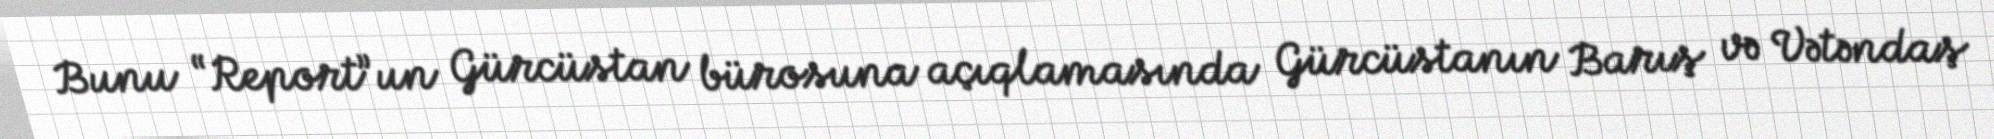
Bunu “Report”un Gürcüstan bürosuna açıqlamasında Gürcüstanın Barış və Vətəndaş